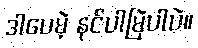
ဒါပေမဲ့ နင်ပါမြဲပါပဲ။